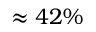
\approx 4 2 \%